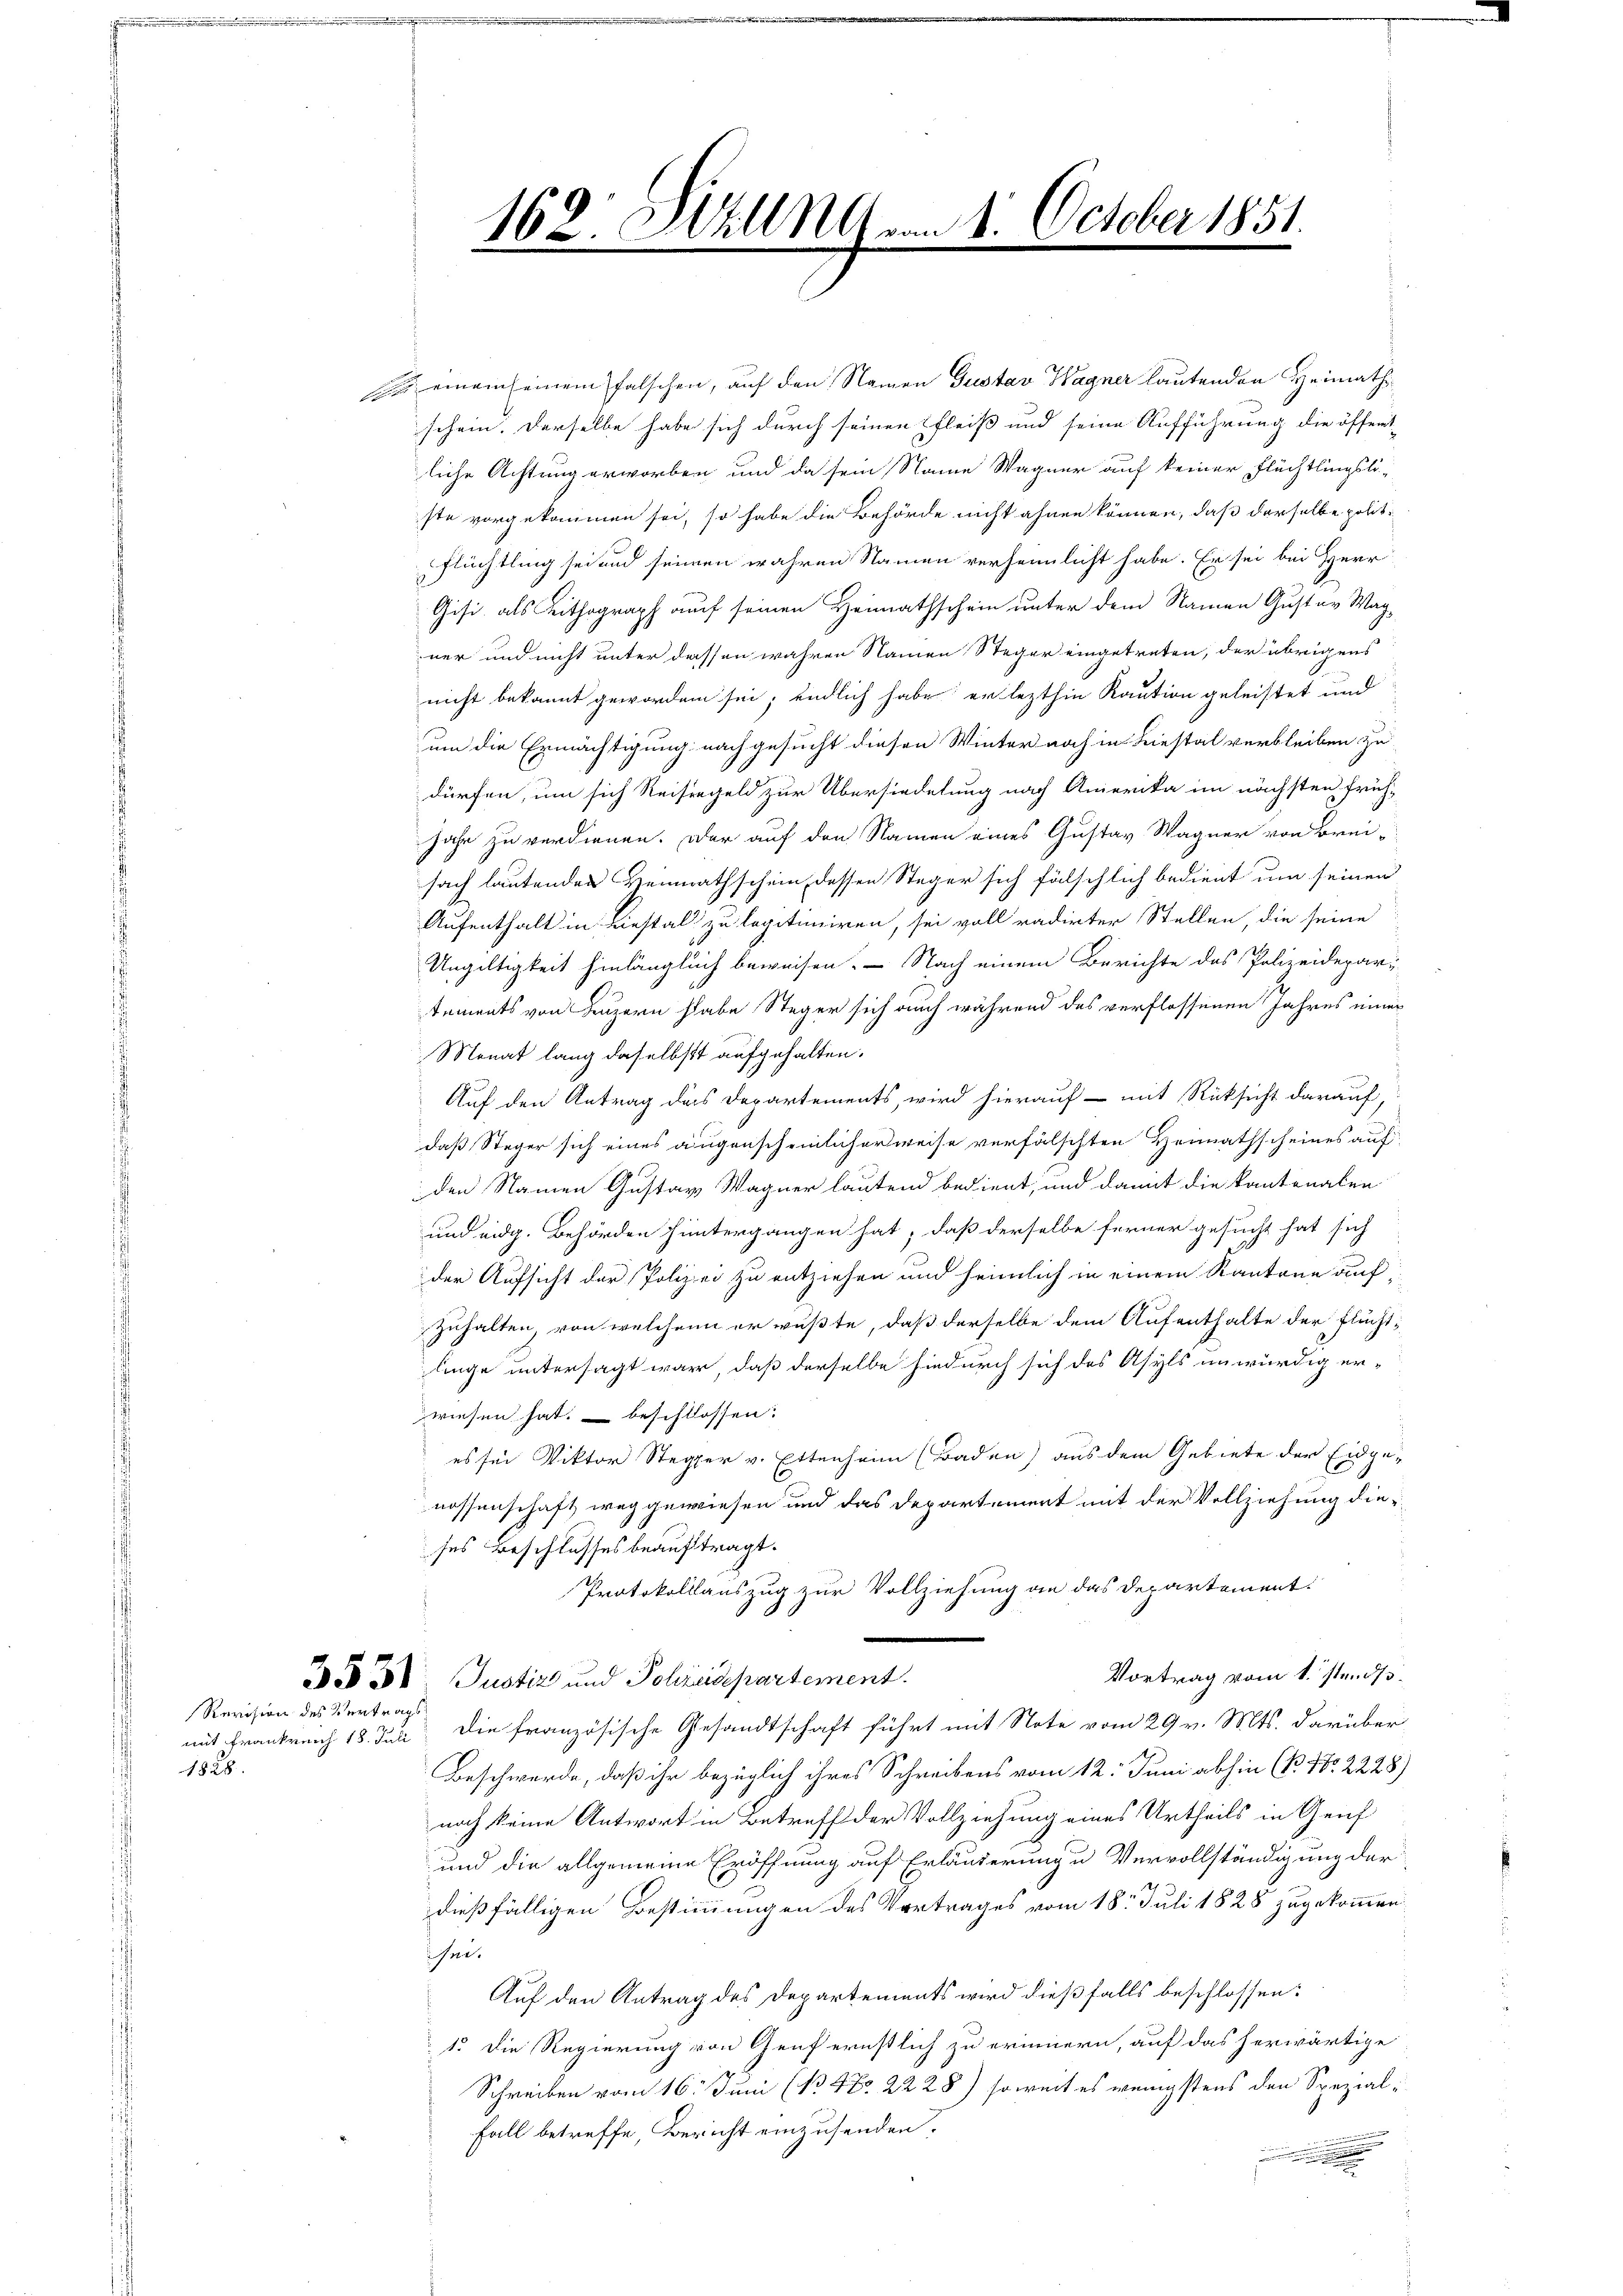
Revision des Vertrags

1828.

So einem seinem falschen, auf den Namen Gustav Wagner lautenden Heimath
schein. Derselbe habe sich durch seinen fleiß und seine Aufführung die öffent
liche Achtung erworben und da sein Name Wagner auf keiner Flüchtlingslö-
ste vorgekommen sei, so habe die Behörde nicht ahnen können, daß derselbe polit¬
Flüchtling sei und seinen wahren Namen verheimlicht habe. Er sei bei Herr
Gisi, als Lithograph auf seinen Heimathschein unter dem Namen Gustav Wag
ner und nicht unter dassen wahren Namen Steger eingetreten, der übrigens
nicht bekannt geworden sei; endlich habe er lezthin Kaution geleistet und
um die Ermächtigung nachgesucht diesen Winter noch in Liestal verbleiben zu
dürfen, um sich Reisergeld zur Übersiedelung nach Amerika im nächsten früh-
hahe zu verdienen. Dar auf den Namen eines Gustav Wagner von Breisach lautenden Heimathschein, dessen Steger sich fälschlich bedient um seinen
Aufenthalt in Liestal zu legitimiren, sei voll radirter Stellen, die seine
Ungültigkeit hinlänglich beweisen. - Nach einem Berichte des Polizeidepartements von Luzern habe Steger sich auch während des verflossenen Jahres einer
Monat lang daselbst aufgehalten.
Auf den Antrag des Departements, wird hierauf - mit Rücksicht darauf,
daß Steger sich eines augenscheinlicherweise verfälschten Heimathscheines auf
den Namen Gustav Wagner lautend bedient, und damit die kantonalen
und eidg. Behörden hintergangen hat, daß derselbe ferner gesucht hat sich
der Aufsicht der Polizei zu entziehen und heimlich in einem Kantone auf
zuhalten von welchen er wußte, daß derselbe dem Aufenthalte der Fluchtlinge untersagt war, daß derselbe hiedurch sich des Asyls unwürdig er-
wiesen hat, beschlossen:
es sei Viktor Steger v. Ettenheim (Baden) aus dem Gebiete der Eidge-
nossenschaft weggewiesen und das Departement mit der Vollziehung dieses Beschlusses beauftragt.
Protokollauszug zur Vollziehung an das Departement:
Vortrag vom 1. Stands
3531. Justiz und Polnisepartement.
mit Frankreich 18. Juni die französische Gesandtschaft führt mit Note vom 29 v. Mts. darüber
Beschwerde, daß ihr bezüglich ihres Schreibens vom 12. Juni abhin (B. No 2228)
noch keine Antwort in Betreff der Vollziehung eines Urtheils in Genf
und die allgemeine Eröffnung auf Erläuterung u Vervollständigung der
dießfälligen Bestimmungen des Vortrages vom 18. Juli 1828 zugekommen
sei.
Auf den Antrag des Departements wird dießfalls beschlossen:
1. Die Regierung von Genf ernstlich zu erinnern, auf das herwärtige
Schreiben vom 16. Juni (1347 2228) soweit es wenigstens den Spezial¬
Fall betreffe, Bericht einzusenden.
a
.

162. Hall M vom 1. October 1851.
.
.